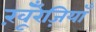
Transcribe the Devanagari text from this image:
खू़ँरेज़ियाँ